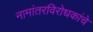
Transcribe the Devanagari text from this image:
नामांतरविरोधकांचे